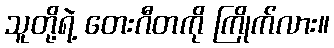
သူတို့ရဲ့ တေးဂီတကို ကြိုက်လား။